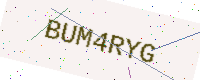
Text: BUM4RYG